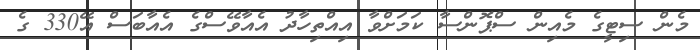
މެން ސިޓީގެ މެއިން ސްޕޮންސާ ކަމަށްވާ އިއްތިހާދު އެއާވޭސްގެ އެއާބަސް އޭ330 ގެ